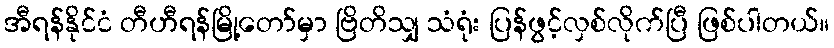
အီရန်နိုင်ငံ တီဟီရန်မြို့တော်မှာ ဗြိတိသျှ သံရုံး ပြန်ဖွင့်လှစ်လိုက်ပြီ ဖြစ်ပါတယ်။